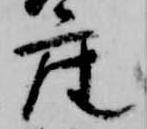
座